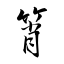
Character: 筲